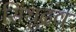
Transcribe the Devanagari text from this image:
सिंधुद्रव